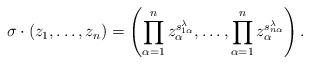
LaTeX: \begin{align*}\sigma \cdot (z_1, \ldots, z_n) = \left( \prod_{\alpha=1}^n z_\alpha^{s_{1 \alpha}^\lambda}, \ldots, \prod_{\alpha=1}^n z_\alpha^{s_{n \alpha}^\lambda} \right).\end{align*}